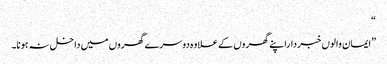
“
”ایمان والوں خبرداراپنے گھروں کے علاوہ دوسرے گھروں میں داخل نہ ہونا۔